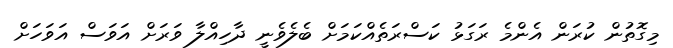
މިގޮތުން ކުރަން އެންމެ ރަގަޅު ކަސްރަތެއްކަމަށް ބެލެވެނީ ދާހިއްލާ ވަރަށް އަވަސް އަވަހަށް